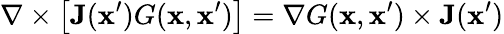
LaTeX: \nabla\times\big[\mathbf{J}(\mathbf{x}^{\prime})G(\mathbf{x},\mathbf{x}^{\prime})\big]=\nabla G(\mathbf{x},\mathbf{x}^{\prime})\times\mathbf{J}(\mathbf{x}^{\prime})